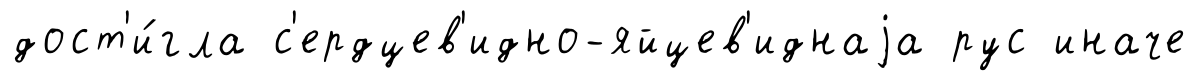
дост'и́гла с'ердцев'идно-яйцев'иднаjа рус иначе